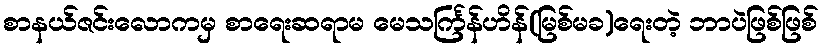
စာနယ်ဇင်းလောကမှ စာရေးဆရာမ မေသင်္ကြန်ဟိန်(မြစ်မခ)ရေးတဲ့ ဘာပဲဖြစ်ဖြစ်